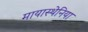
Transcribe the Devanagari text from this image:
मायास्थेनिया